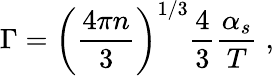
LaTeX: \Gamma=\left(\frac{4\pi n}{3}\right)^{1/3}\frac{4}{3}\frac{\alpha_{s}}{T}\; ,